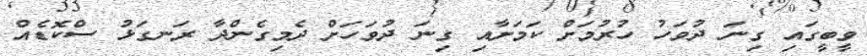
ވީބީގައި ގިނަ ދުވަހު ހުރުމަށް ކަމަށާއި ގިނަ ދުވަހަށް ދެމިގެންދާ ރަނގަޅު ސްކޮޑެއް